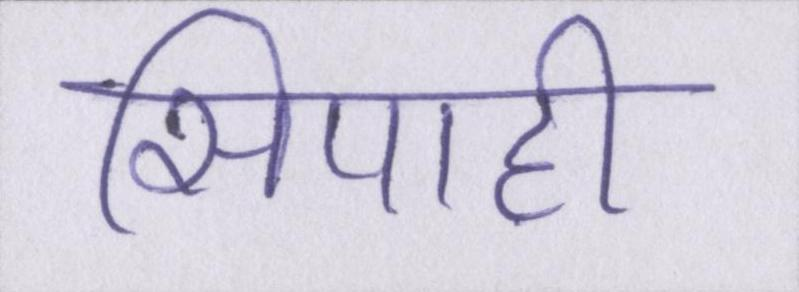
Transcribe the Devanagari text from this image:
सिपाही